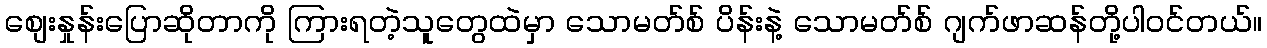
စျေးနှုန်းပြောဆိုတာကို ကြားရတဲ့သူတွေထဲမှာ သောမတ်စ် ပိန်းနဲ့ သောမတ်စ် ဂျက်ဖာဆန်တို့ပါဝင်တယ်။